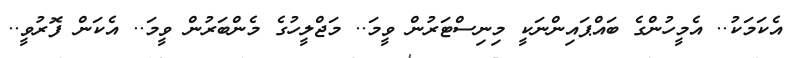
އެކަމަކު.. އެމީހުންގެ ބައްޕައިންނަކީ މިނިސްޓަރުން ވީމަ.. މަޖްލީހުގެ މެންބަރުން ވީމަ.. އެކަން ފޮރުވީ..